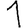
Digit: 1